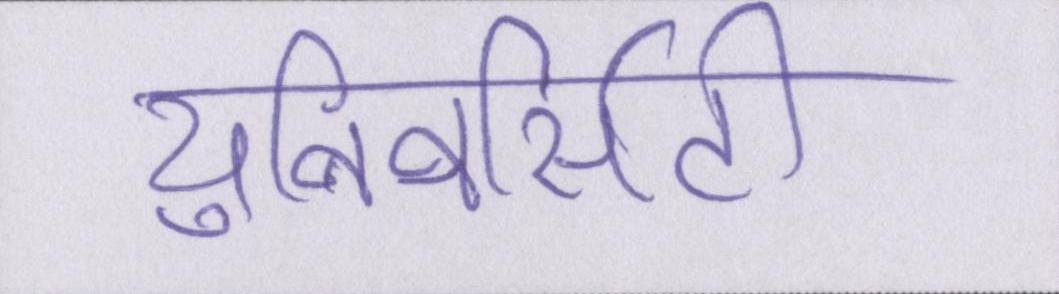
युनिवर्सिटी